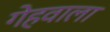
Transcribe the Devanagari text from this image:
गेहवाला